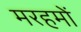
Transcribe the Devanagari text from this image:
मरहमों